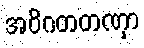
အဝိဂတတဏှာ